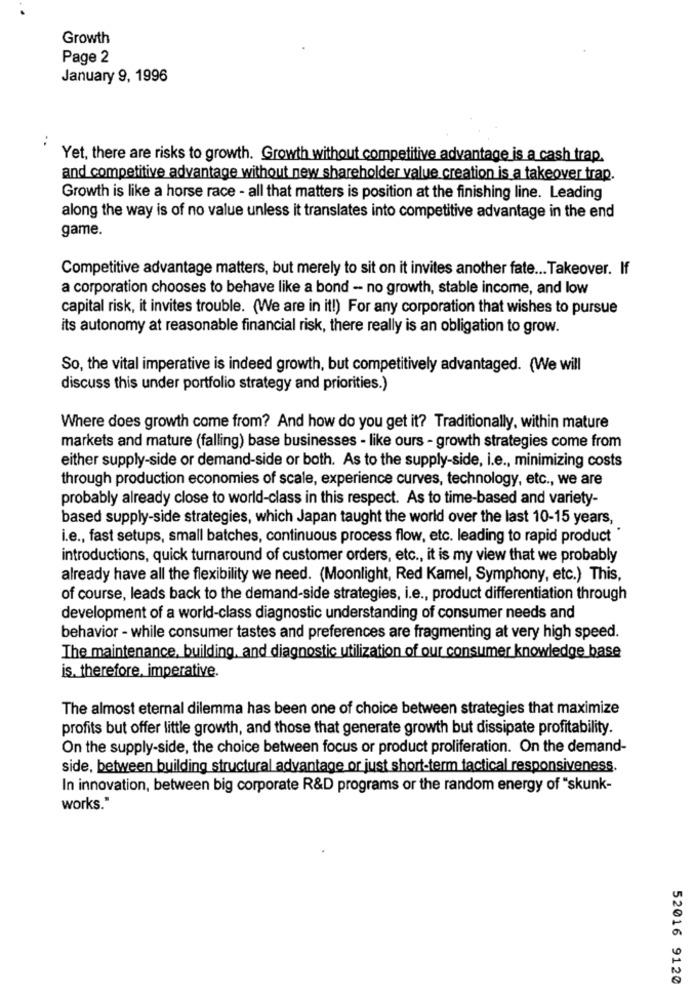
Growth
Page 2
January 9, 1996
Yet, there are risks to growth. Growth without competitive advantage is a cash trap.
and competitive advantage without new shareholder value creation is a takeover trap.
Growth is like a horse race - all that matters is position at the finishing line. Leading
along the way is of no value unless it translates into competitive advantage in the end
game.
Competitive advantage matters, but merely to sit on it invites another fate ... Takeover. If
a corporation chooses to behave like a bond - no growth, stable income, and low
capital risk, it invites trouble. (We are in it!) For any corporation that wishes to pursue
its autonomy at reasonable financial risk, there really is an obligation to grow.
So, the vital imperative is indeed growth, but competitively advantaged. (We will
discuss this under portfolio strategy and priorities.)
Where does growth come from? And how do you get it? Traditionally, within mature
markets and mature (falling) base businesses - like ours - growth strategies come from
either supply-side or demand-side or both. As to the supply-side, i.e ., minimizing costs
through production economies of scale, experience curves, technology, etc ., we are
probably already close to world-class in this respect. As to time-based and variety-
based supply-side strategies, which Japan taught the world over the last 10-15 years,
i.e ., fast setups, small batches, continuous process flow, etc. leading to rapid product
introductions, quick turnaround of customer orders, etc ., it is my view that we probably
already have all the flexibility we need. (Moonlight, Red Kamel, Symphony, etc.) This,
of course, leads back to the demand-side strategies, i.e ., product differentiation through
development of a world-class diagnostic understanding of consumer needs and
behavior - while consumer tastes and preferences are fragmenting at very high speed.
The maintenance, building, and diagnostic utilization of our consumer knowledge base
is. therefore, imperative.
The almost eternal dilemma has been one of choice between strategies that maximize
profits but offer little growth, and those that generate growth but dissipate profitability.
On the supply-side, the choice between focus or product proliferation. On the demand-
side, between building structural advantage or just short-term tactical responsiveness.
In innovation, between big corporate R&D programs or the random energy of "skunk-
works."
52016 9120